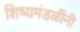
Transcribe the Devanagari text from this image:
शिष्यमंडळींनी